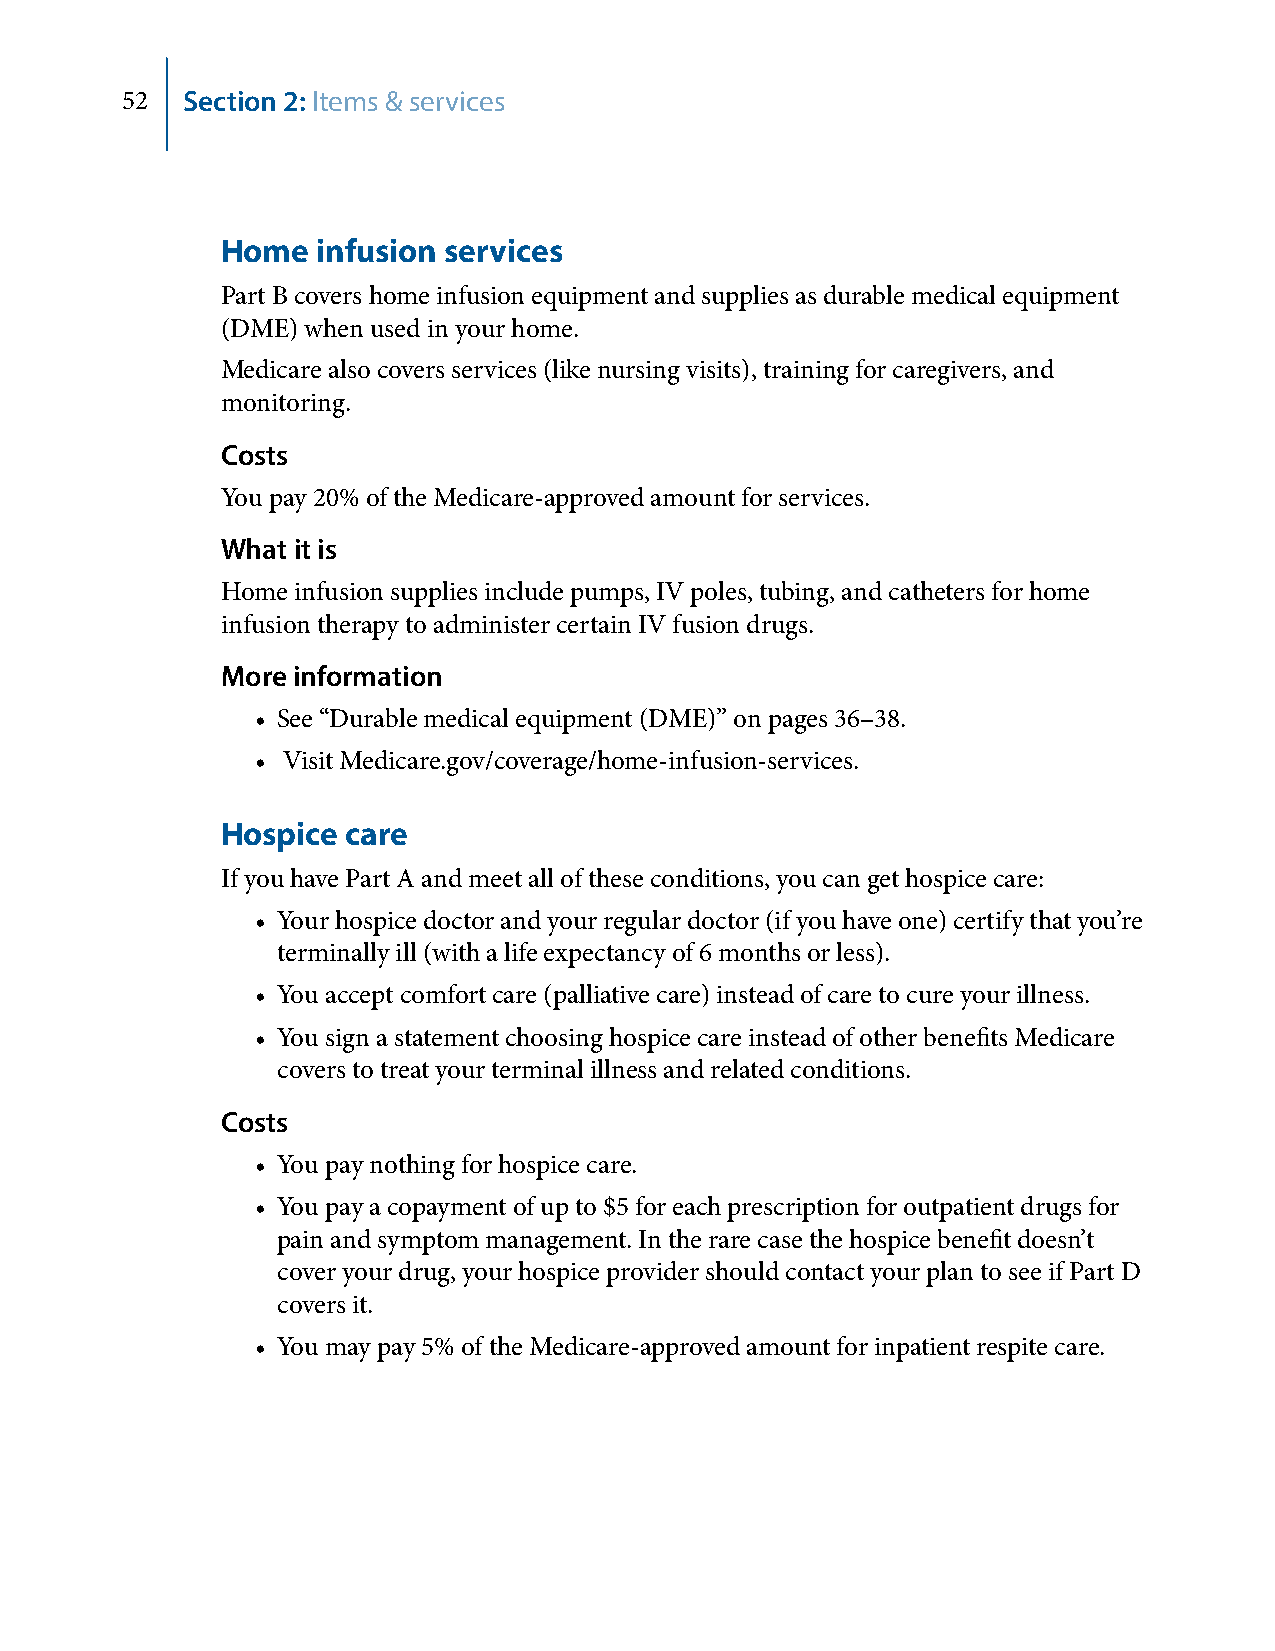
52  Section 2: Items & services
 Home  infusion services
 Part B covers home infusion equipment and supplies as durable medical equipment
 (DME) when used in your home.
 Medicare also covers services (like nursing visits), training for caregivers, and
 monitoring.
 Costs
 You pay 20% of the Medicare-approved amount for services.
 What it is
 Home infusion supplies include pumps, IV poles, tubing, and catheters for home
 infusion therapy to administer certain IV fusion drugs.
 More information
 • See “Durable medical equipment (DME)” on pages 36–38.
 • Visit Medicare.gov/coverage/home-infusion-services.
 Hospice care
 If you have Part A and meet all of these conditions, you can get hospice care:
 • Your hospice doctor and your regular doctor (if you have one) certify that you’re
 terminally ill (with a life expectancy of 6 months or less).
 • You accept comfort care (palliative care) instead of care to cure your illness.
 • You sign a statement choosing hospice care instead of other benefits Medicare
 covers to treat your terminal illness and related conditions.
 Costs
 • You pay nothing for hospice care.
 • You pay a copayment of up to $5 for each prescription for outpatient drugs for
 pain and symptom management. In the rare case the hospice benefit doesn’t
 cover your drug, your hospice provider should contact your plan to see if Part D
 covers it.
 • You may pay 5% of the Medicare-approved amount for inpatient respite care.